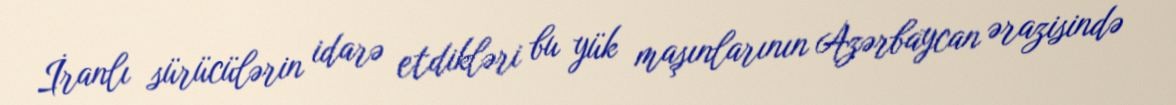
İranlı sürücülərin idarə etdikləri bu yük maşınlarının Azərbaycan ərazisində